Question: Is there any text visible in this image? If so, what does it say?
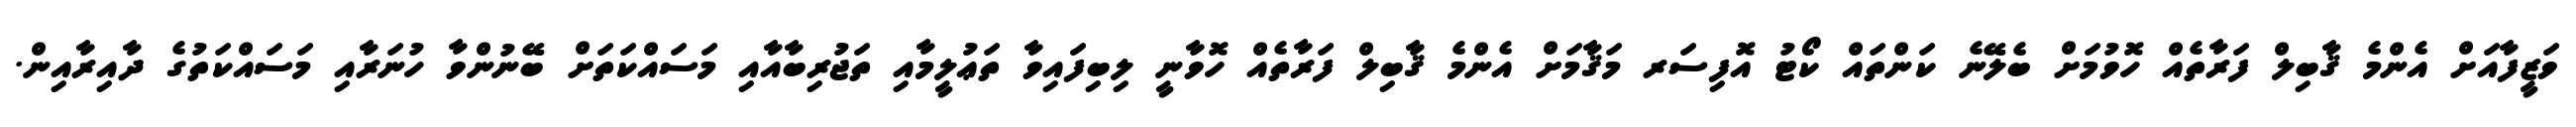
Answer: ވަޒީފާއަށް އެންމެ ޤާބިލް ފަރާތެއް ހޮވުމަށް ބެލޭނެ ކަންތައް ކޯޓު އޮފިސަރ މަޤާމަށް އެންމެ ޤާބިލް ފަރާތެއް ހޮވާނީ ލިބިފައިވާ ތަޢުލީމާއި ތަޖުރިބާއާއި މަސައްކަތަށް ބޭނުންވާ ހުނަރާއި މަސައްކަތުގެ ދާއިރާއިން.